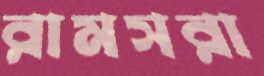
রামসরা